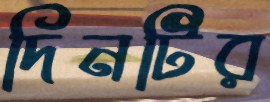
দিনটির